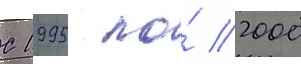
С 1995 по́ 2000